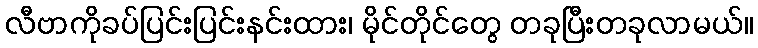
လီဗာကိုခပ်ပြင်းပြင်းနင်းထား၊ မိုင်တိုင်တွေ တခုပြီးတခုလာမယ်။